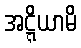
အဋ္ဋိယာမိ